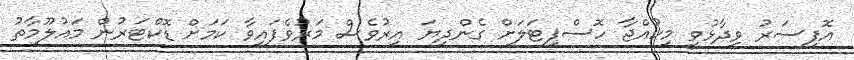
އޮފިސަރު ވިދާޅުވީ މިކުއްޖާ ހޮސްޕިޓަލަށް ގެންދިޔަ އިރުވެސް މަރުވެފައިވާ ކަމަށް ޑޮކްޓަރުން މައުލޫމާތު